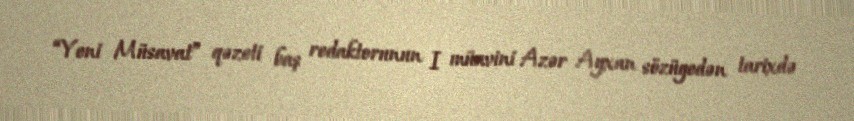
“Yeni Müsavat” qəzeti baş redaktorunun I müavini Azər Ayxan sözügedən tarixdə